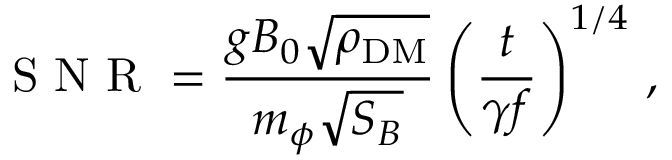
\mathrm { ~ S ~ N ~ R ~ } = \frac { g B _ { 0 } \sqrt { \rho _ { \mathrm { D M } } } } { m _ { \phi } \sqrt { S _ { B } } } \left( \frac { t } { \gamma f } \right) ^ { 1 / 4 } \, ,